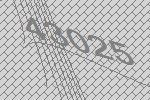
43025